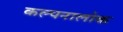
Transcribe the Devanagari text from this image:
कल्पनालोक